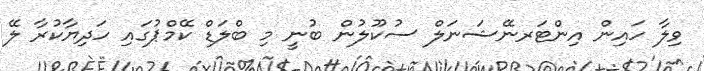
ވިލާ ހައިން އިންޓަރނޭޝަނަލް ސުކޫލުން ބުނީ މި ބްލަޑް ކޭމްޕުގައި ހަދިޔާކުރާ ލޭ